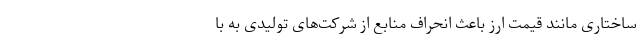
ساختاری مانند قیمت ارز باعث انحراف منابع از شرکت‌های تولیدی به با